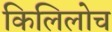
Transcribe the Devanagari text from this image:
किलिलोच